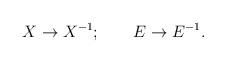
LaTeX: \begin{align*}X \rightarrow X^{-1}; \qquad E \rightarrow E^{-1}.\end{align*}